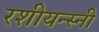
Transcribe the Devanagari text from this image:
रशीयन्स्नी